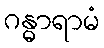
ဂန္ဓာရာမံ